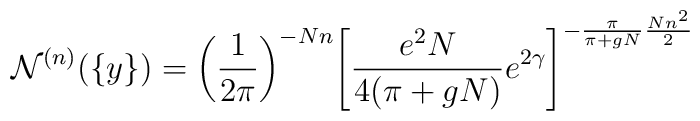
{\cal N}^{(n)} (\{y\}) =  \left( \frac{1}{2\pi} \right)^{-Nn} \!\left[\frac{e^2 N}{4 ( \pi +gN)} e^{2\gamma} \right]^{-\frac{\pi}{\pi + gN} \frac{Nn^2}{2}}